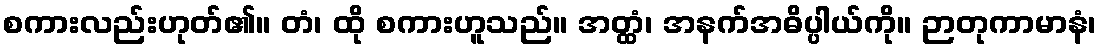
စကားလည်းဟုတ်၏။ တံ၊ ထို စကားဟူသည်။ အတ္ထံ၊ အနက်အဓိပ္ပါယ်ကို။ ဉာတုကာမာနံ၊